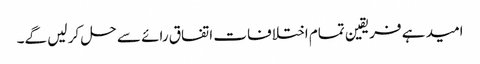
امید ہے فریقین تمام اختلافات اتفاق رائے سے حل کر لیں گے۔